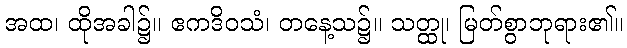
အထ၊ ထိုအခါ၌။ ဧကဒိဝသံ၊ တနေ့သ၌။ သတ္ထု၊ မြတ်စွာဘုရား၏။